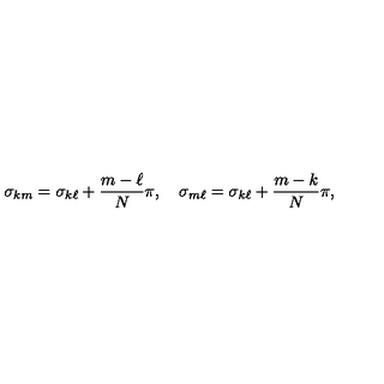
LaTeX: \sigma _ { k m } = \sigma _ { k \ell } + { \frac { m - \ell } { N } } \pi , \quad \sigma _ { m \ell } = \sigma _ { k \ell } + { \frac { m - k } { N } } \pi ,